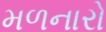
મળનારો